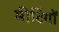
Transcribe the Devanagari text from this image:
मीटिंगों